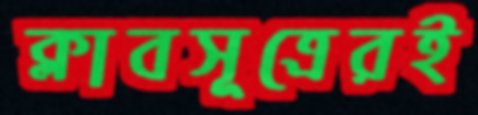
ক্লাবসূত্রেরই